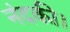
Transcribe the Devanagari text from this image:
नंदकी।